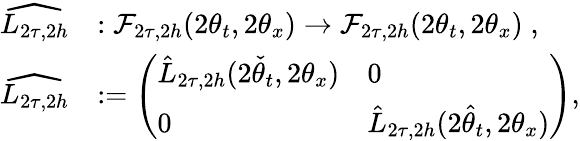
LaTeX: \begin{array}{rl}{\widehat{L_{2\tau,2h}}}&{:\mathcal{F}_{2\tau,2h}(2\theta_{t},2\theta_{x})\to\mathcal{F}_{2\tau,2h}(2\theta_{t},2\theta_{x})\; ,}\\ {\widehat{L_{2\tau,2h}}}&{:=\left(\begin{array}{ll}{\hat{L}_{2\tau,2h}(2\check{\theta}_{t},2\theta_{x})}&{0}\\ {0}&{\hat{L}_{2\tau,2h}(2\hat{\theta}_{t},2\theta_{x})}\end{array}\right),}\end{array}